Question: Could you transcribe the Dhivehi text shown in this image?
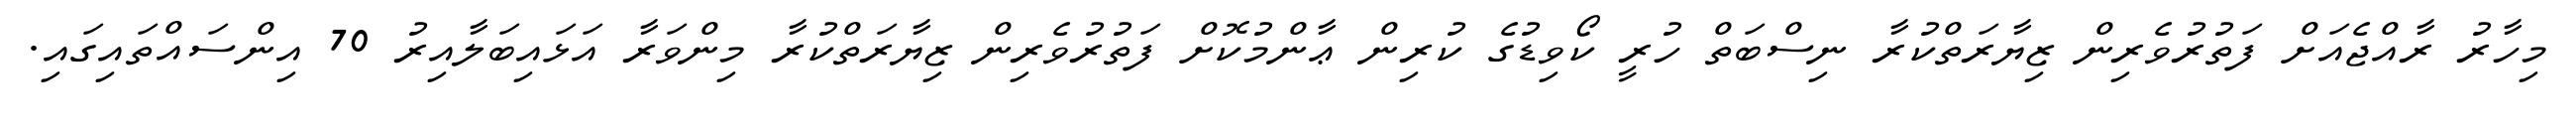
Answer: މިހާރު ރާއްޖެއަށް ފަތުރުވެރިން ޒިޔާރަތްކުރާ ނިސްބަތް ހުރީ ކޯވިޑުގެ ކުރިން ޢާންމުކޮށް ފަތުރުވެރިން ޒިޔާރަތްކުރާ މިންވަރާ އަޅައިބަލާއިރު 70 އިންސައްތައިގައި.